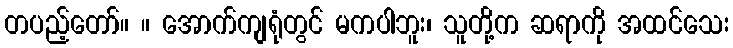
တပည့်တော်။ ။ အောက်ကျရုံတွင် မကပါဘူး၊ သူတို့က ဆရာကို အထင်သေး